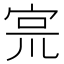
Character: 宺